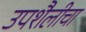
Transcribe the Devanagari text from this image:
उपशैलीचा